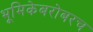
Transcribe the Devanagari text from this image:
भूमिकेबरोबरच